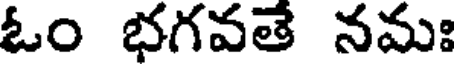
ఓం భగవతే నమః